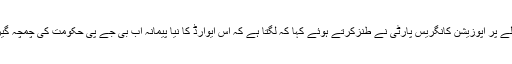
اس فیصلے پر اپوزیشن کانگریس پارٹی نے طنزکرتے ہوئے کہا کہ لگتا ہے کہ اس ایوارڈ کا نیا پیمانہ اب بی جے پی حکومت کی چمچہ گیری ہے۔